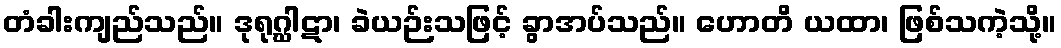
တံခါးကျည်သည်။ ဒုရုဂ္ဃါဋာ၊ ခဲယဉ်းသဖြင့် ခွာအပ်သည်။ ဟောတိ ယထာ၊ ဖြစ်သကဲ့သို့။